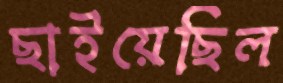
ছাইয়েছিল